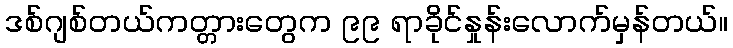
ဒစ်ဂျစ်တယ်ကတ္တားတွေက ၉၉ ရာခိုင်နှုန်းလောက်မှန်တယ်။